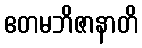
ဧတမဘိဇာနာတိ